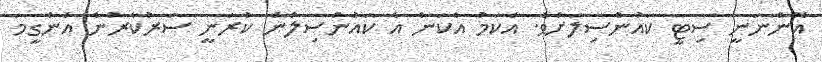
އޮންނަނީ ސިޓީ ކައުންސިލަށެވެ. އެކަމު އެކަން އެ ކައުންސިލުން ކުރަނީ ސަރުކާރުން އެންގީމަ